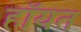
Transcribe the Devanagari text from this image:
हॉयत